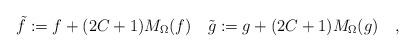
LaTeX: \begin{align*}\tilde f:=f+(2C+1)M_\Omega (f)\quad\tilde g:=g+(2C+1)M_\Omega (g)\quad,\end{align*}